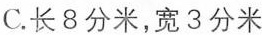
C. 长8分米，宽3分米